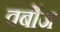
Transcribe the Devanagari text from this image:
वर्बोज